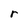
Character: r